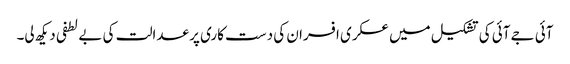
آئی جے آئی کی تشکیل میں عسکری افسران کی دست کاری پر عدالت کی بے لطفی دیکھ لی۔